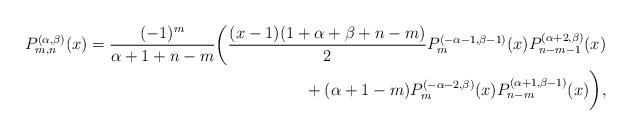
LaTeX: \begin{align*}P_{m,n}^{(\alpha,\beta)}(x)=\frac{(-1)^m}{\alpha+1+n-m} \bigg(\frac{(x-1)(1+\alpha+\beta+n-m)}{2}P_m^{(-\alpha-1,\beta-1)}(x)P_{n-m-1}^{(\alpha+2,\beta)}(x)\\ \hphantom{P_{m,n}^{(\alpha,\beta)}(x)=}{}+(\alpha+1-m)P_m^{(-\alpha-2,\beta)}(x)P_{n-m}^{(\alpha+1,\beta-1)}(x)\bigg),\end{align*}